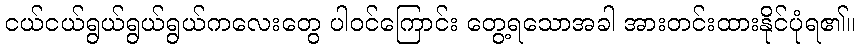
ငယ်ငယ်ရွယ်ရွယ်ရွယ်ကလေးတွေ ပါဝင်ကြောင်း တွေ့ရသောအခါ အားတင်းထားနိုင်ပုံရ၏။